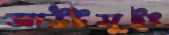
আউটসুইং